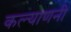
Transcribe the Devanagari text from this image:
कल्याणनी